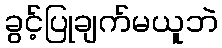
ခွင့်ပြုချက်မယူဘဲ